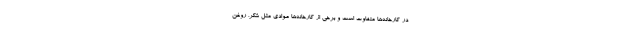
در کارخانه‌ها متفاوت است و برخی از کارخانه‌ها موادی مثل شکر، روغن